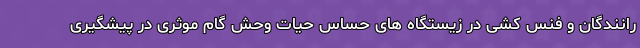
رانندگان و فنس کشی در زیستگاه های حساس حیات وحش گام موثری در پیشگیری